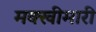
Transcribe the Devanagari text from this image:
मक्खीमारी